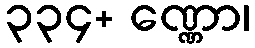
၃၃၄+ ဏ္ဏော၊